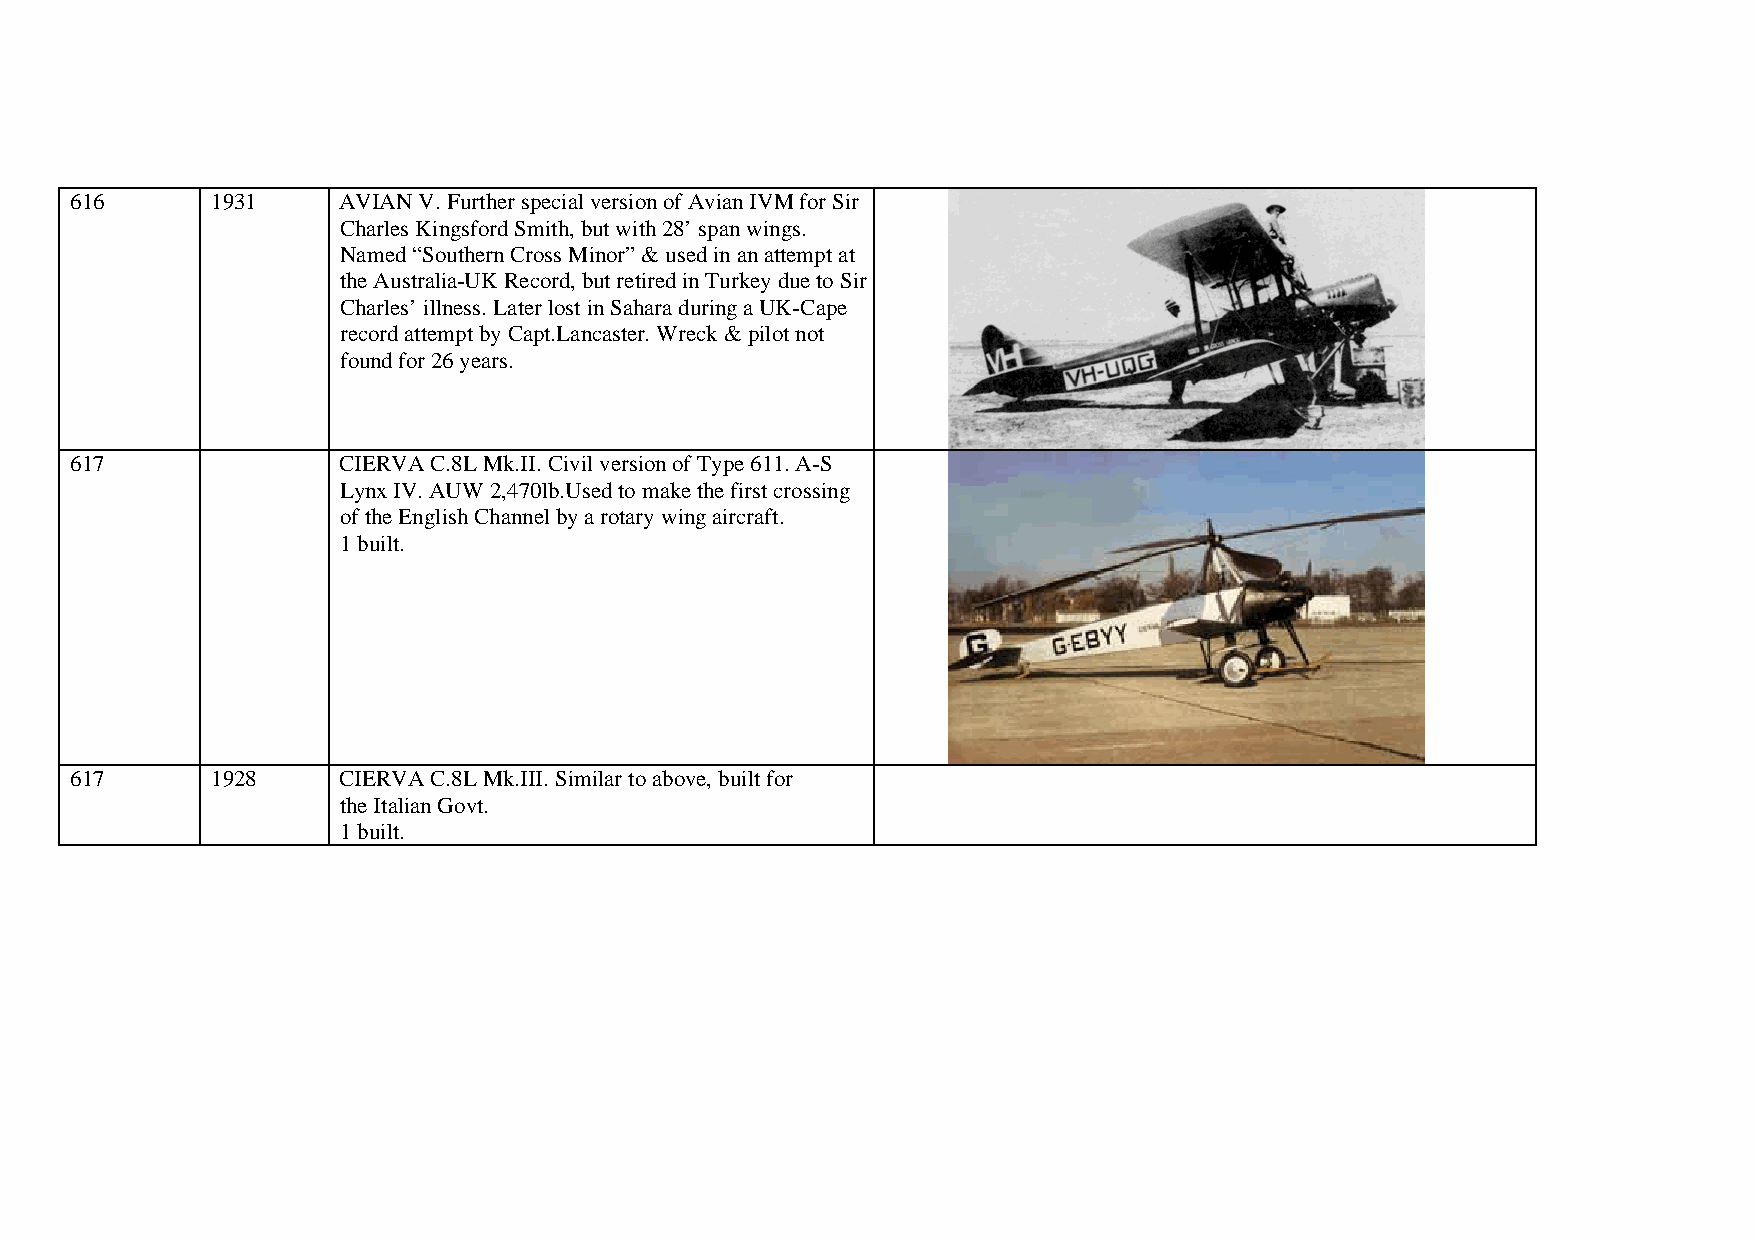
616      1931    AVIAN V. Further special version of Avian IVM for Sir
 Charles Kingsford Smith, but with 28’ span wings.
 Named “Southern Cross Minor” & used in an attempt at
 the Australia-UK Record, but retired in Turkey due to Sir
 Charles’ illness. Later lost in Sahara during a UK-Cape
 record attempt by Capt.Lancaster. Wreck & pilot not
 found for 26 years.
 617              CIERVA C.8L Mk.II. Civil version of Type 611. A-S
 Lynx IV. AUW 2,470lb.Used to make the first crossing
 of the English Channel by a rotary wing aircraft.
 1 built.
 617      1928    CIERVA C.8L Mk.III. Similar to above, built for
 the Italian Govt.
 1 built.